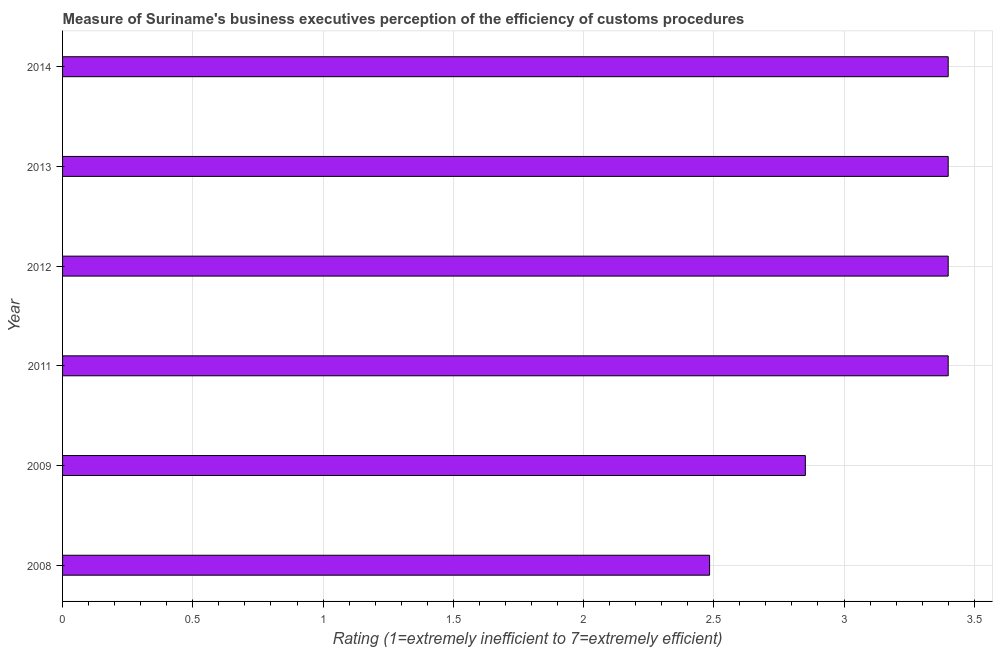
| Year | Burden of customs procedure |
 | --- | --- |
 | 2008 | 2.48 |
 | 2009 | 2.85 |
 | 2011 | 3.4 |
 | 2012 | 3.4 |
 | 2013 | 3.4 |
 | 2014 | 3.4 |